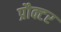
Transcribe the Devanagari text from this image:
प्रौक्टर